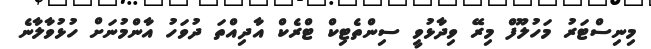
މިނިސްޓަރު މަހުލޫފް މިރޭ ވިދާޅުވީ ސިންތެޓިކް ޓްރެކް އާދިއްތަ ދުވަހު އާންމުނަށް ހުޅުވާލާނެ